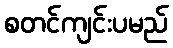
စတင်ကျင်းပမည်